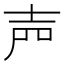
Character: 𡔝